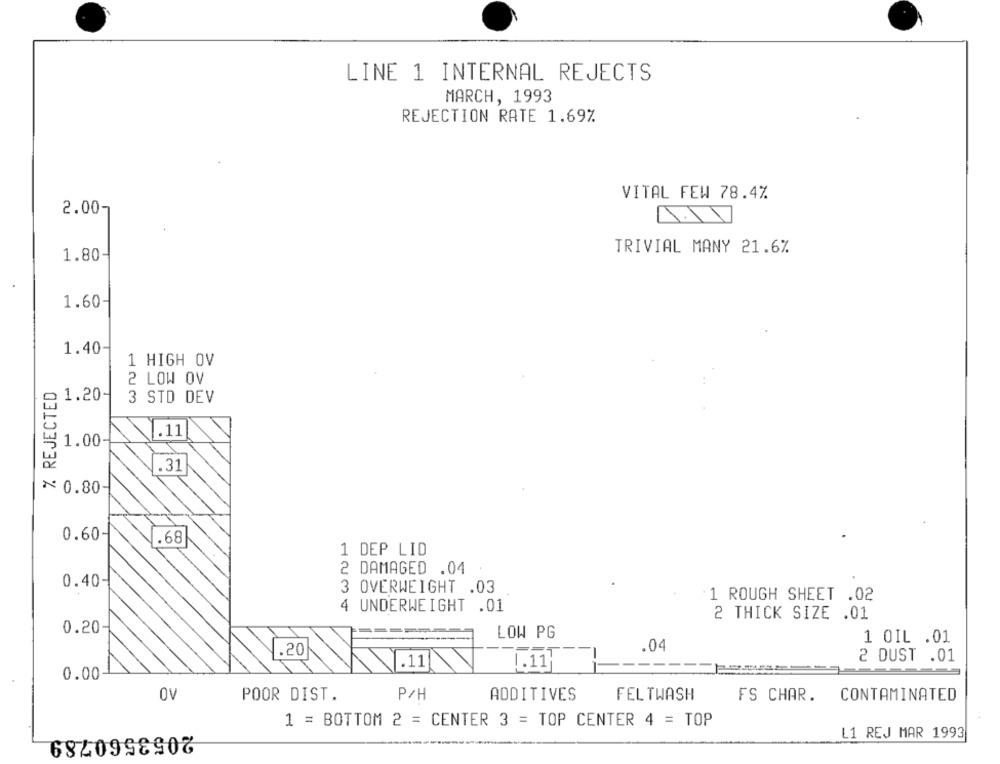
LINE 1 INTERNAL REJECTS
MARCH, 1993
REJECTION RATE 1.69%
VITAL FEW 78.4%
2.00-
TRIVIAL MANY 21.6%
1.80
1.60
1.40
1 HIGH OV
2 LOW OV
% REJECTED
2 1.20-
3 STD DEV
.11
1.00
.31
₦ 0.80-
0.60
.68
1 DEP LID
2 DAMAGED .04
0.40
3 OVERWEIGHT .03
1 ROUGH SHEET .02
4 UNDERWEIGHT .01
2 THICK SIZE .01
0.20
----
LOW PG
1 0IL .01
.04
.20
2 DUST .01
.11|
1.11}
-----
0.00
OV
POOR DIST.
P/H
ADDITIVES
FELTWASH
FS CHAR.
CONTAMINATED
1 = BOTTOM 2 = CENTER 3 = TOP CENTER 4 = TOP
2053560789
L1 REJ MAR 1993